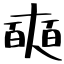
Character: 奭